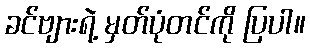
ခင်ဗျားရဲ့ မှတ်ပုံတင်ကို ပြပါ။